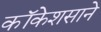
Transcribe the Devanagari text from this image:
कॉकेशसाने